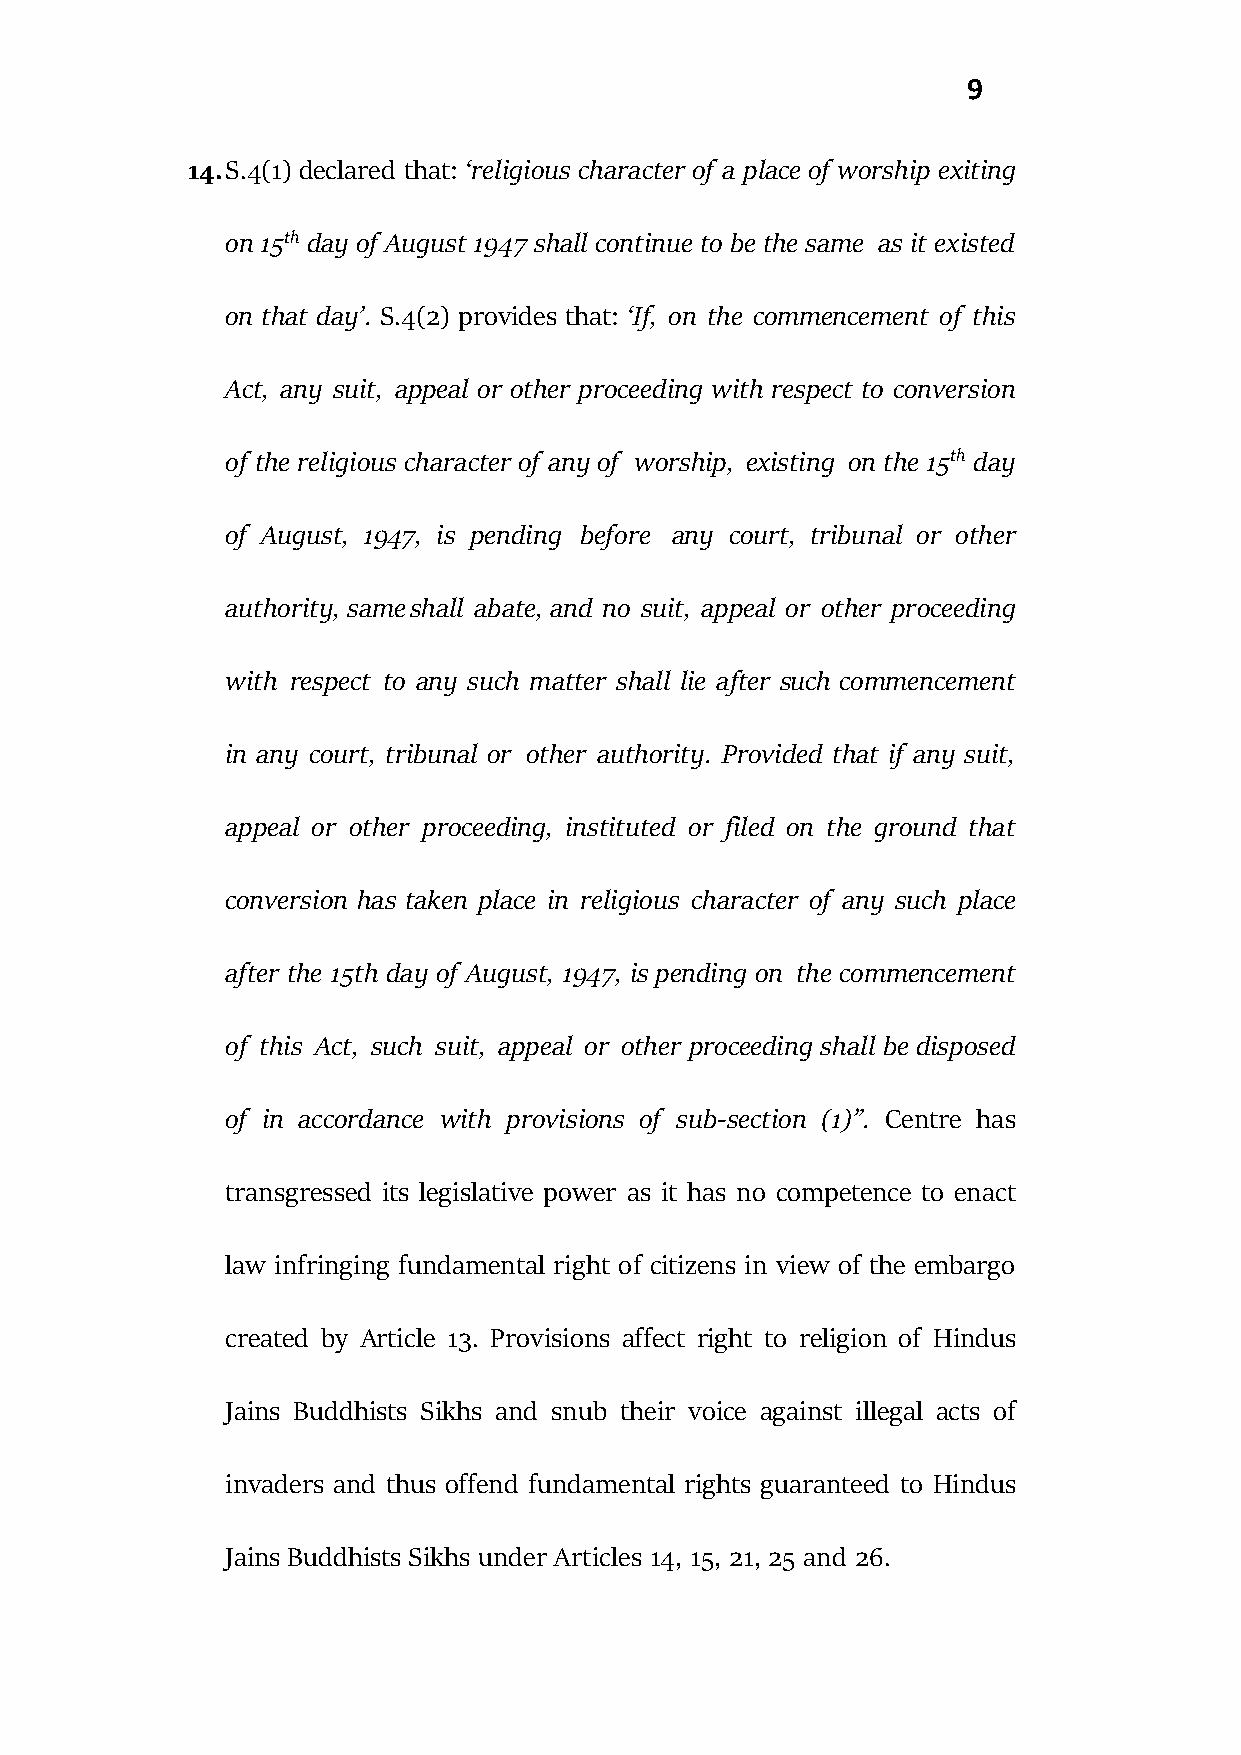
9
 14. S.4(1) declared that: ‘religious character of a place of worship exiting
 on 15th day of August 1947 shall continue to be the same as it existed
 on that day’. S.4(2) provides that: ‘If, on the commencement of this
 Act, any suit, appeal or other proceeding with respect to conversion
 of the religious character of any of worship, existing on the 15th day
 of August, 1947, is pending before any court, tribunal or other
 authority, same shall abate, and no suit, appeal or other proceeding
 with respect to any such matter shall lie after such commencement
 in any court, tribunal or other authority. Provided that if any suit,
 appeal or other proceeding, instituted or filed on the ground that
 conversion has taken place in religious character of any such place
 after the 15th day of August, 1947, is pending on the commencement
 of this Act, such suit, appeal or other proceeding shall be disposed
 of in accordance with provisions of sub-section (1)”. Centre has
 transgressed its legislative power as it has no competence to enact
 law infringing fundamental right of citizens in view of the embargo
 created by Article 13. Provisions affect right to religion of Hindus
 Jains Buddhists Sikhs and snub their voice against illegal acts of
 invaders and thus offend fundamental rights guaranteed to Hindus
 Jains Buddhists Sikhs under Articles 14, 15, 21, 25 and 26.